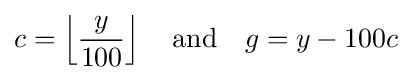
c=\left\lfloor {\frac {y}{100}}\right\rfloor \quad {\text{and}}\quad g=y-100c